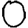
Digit: 0